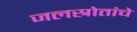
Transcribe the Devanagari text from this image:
जलस्रोतांचे